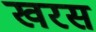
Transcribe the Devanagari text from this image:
खरस